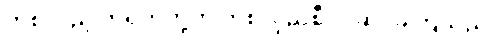
တစ်လှည့် တရုတ်တို့က တစ်လှည့်စီပိုင်ဆိုင်ခဲ့ကြသည်။